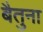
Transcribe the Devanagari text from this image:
बैतुना